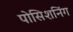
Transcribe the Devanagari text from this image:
पोसिशनिंग